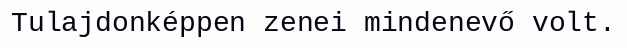
Tulajdonképpen zenei mindenevő volt.